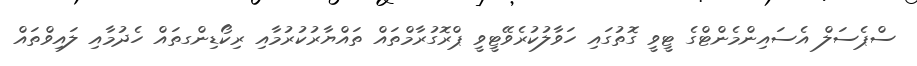
ސްޕެސަލް އެސައިންމެންޓްގެ ޓީވީ ގޮތުގައި ހަވާލުކުރެވޭޓީވީ ޕްރޮގުރާމްތައް ތައްޔާރުކުރުމާއި ރިކޯޑިންގތައް ހެދުމާއި ލައިވްތައް